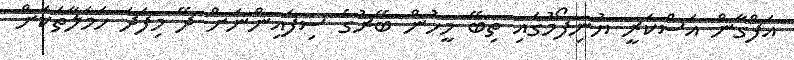
އަފްގާން އަސްކަރީ ޔުނިފޯމުގައި ތިބޭ މީހުން ބޭރުގެ ސިފައިންނަށް ދޭ މިފަދަ ހަމަލާތަކަށް